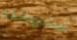
سأعوضك